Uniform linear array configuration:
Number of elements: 64
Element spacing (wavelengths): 1
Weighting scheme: blackman
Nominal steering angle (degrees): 30
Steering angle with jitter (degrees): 31.719
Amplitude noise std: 0.05
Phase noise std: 0.05

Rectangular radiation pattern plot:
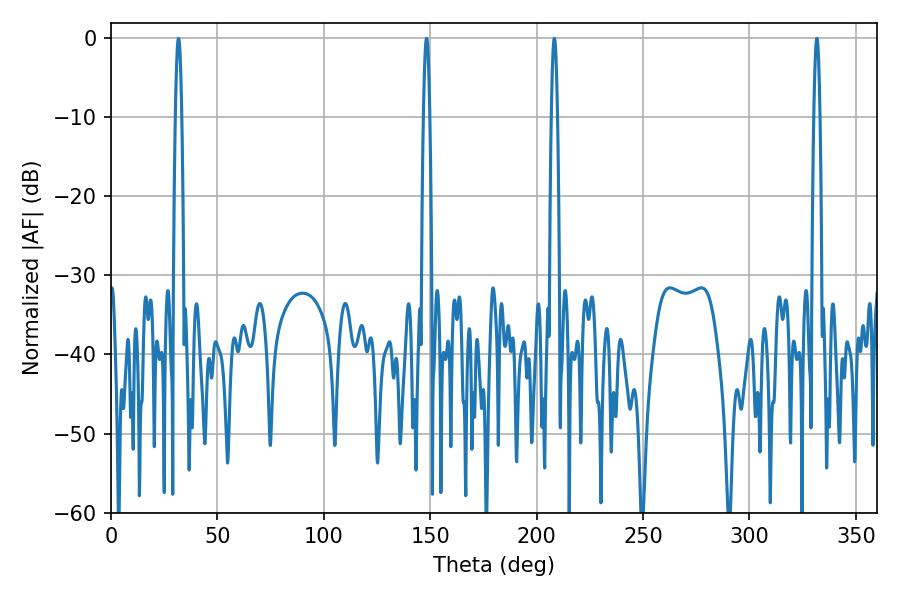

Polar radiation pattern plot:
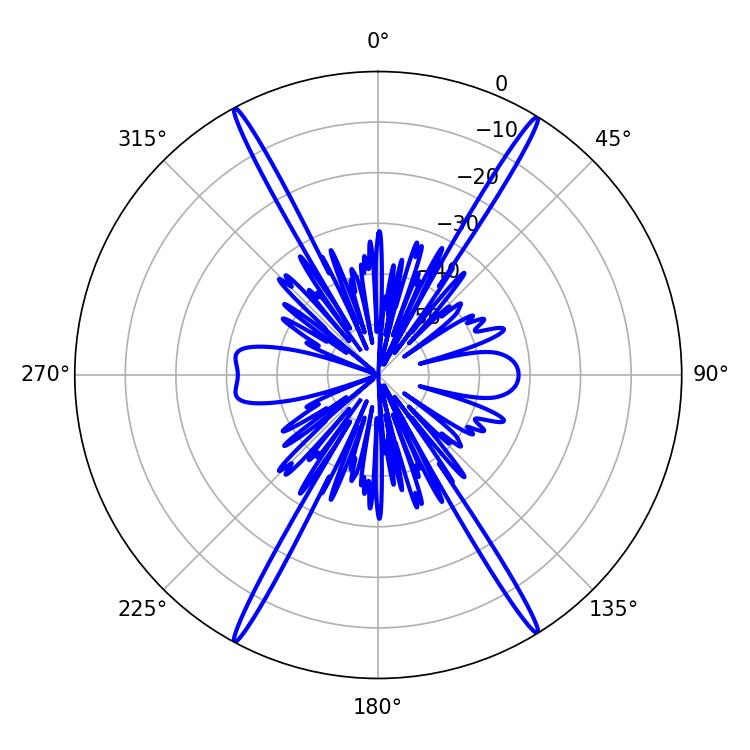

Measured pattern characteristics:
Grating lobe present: TRUE
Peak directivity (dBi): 26.734
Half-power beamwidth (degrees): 1.62
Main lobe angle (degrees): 31.68